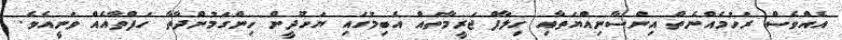
އެއްވެސް ރަހުމެއްނެތް އިންސާނިއްޔަތާއި ހިލާފް ޖަރީމާތައް އެބިމުގައި ޔަހޫދީން ހިންގަމުންދާތާ ހަފްތާއެއް ވަނީއެވެ.